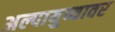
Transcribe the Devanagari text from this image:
अल्पायुष्यावर